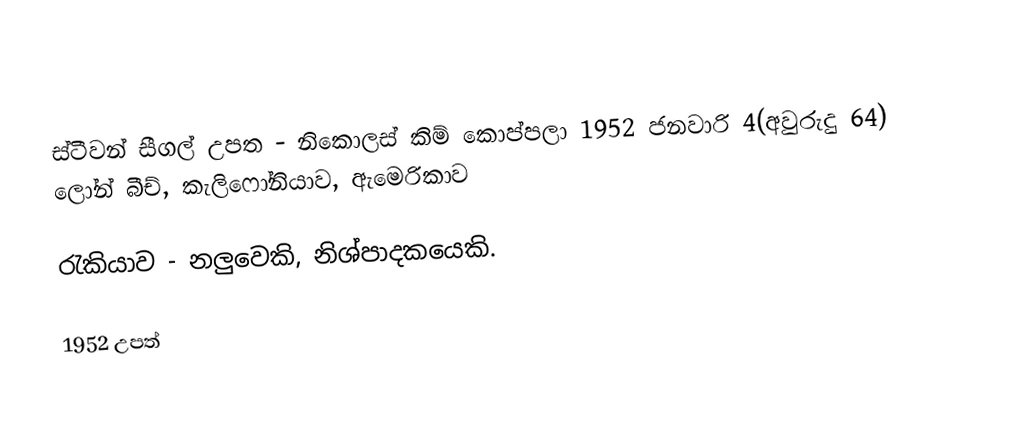
ස්ටීවන් සීගල් උපත		- නිකොලස් කිම් කොප්පලා 1952 ජනවාරි 4(අවුරුදු 64) ලෝන් බීච්, කැලිෆෝනියාව, ඇමෙරිකාව

රැකියාව		- නලුවෙකි, නිශ්පාදකයෙකි.

1952 උපත්